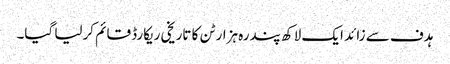
ہدف سے زائد ایک لاکھ پندرہ ہزار ٹن کا تاریخی ریکارڈ قائم کرلیا گیا۔